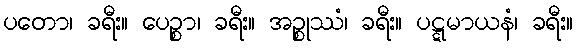
ပတော၊ ခရီး။ ပေဉ္စာ၊ ခရီး။ အဉ္စုဿံ၊ ခရီး။ ပဋ္ဋမာယနံ၊ ခရီး။